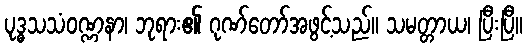
ပုဒ္ဓသသံဝဏ္ဏနာ၊ ဘုရား၏ ဂုဏ်တော်အဖွင့်သည်။ သမတ္တာယ၊ ပြီးပြီ။